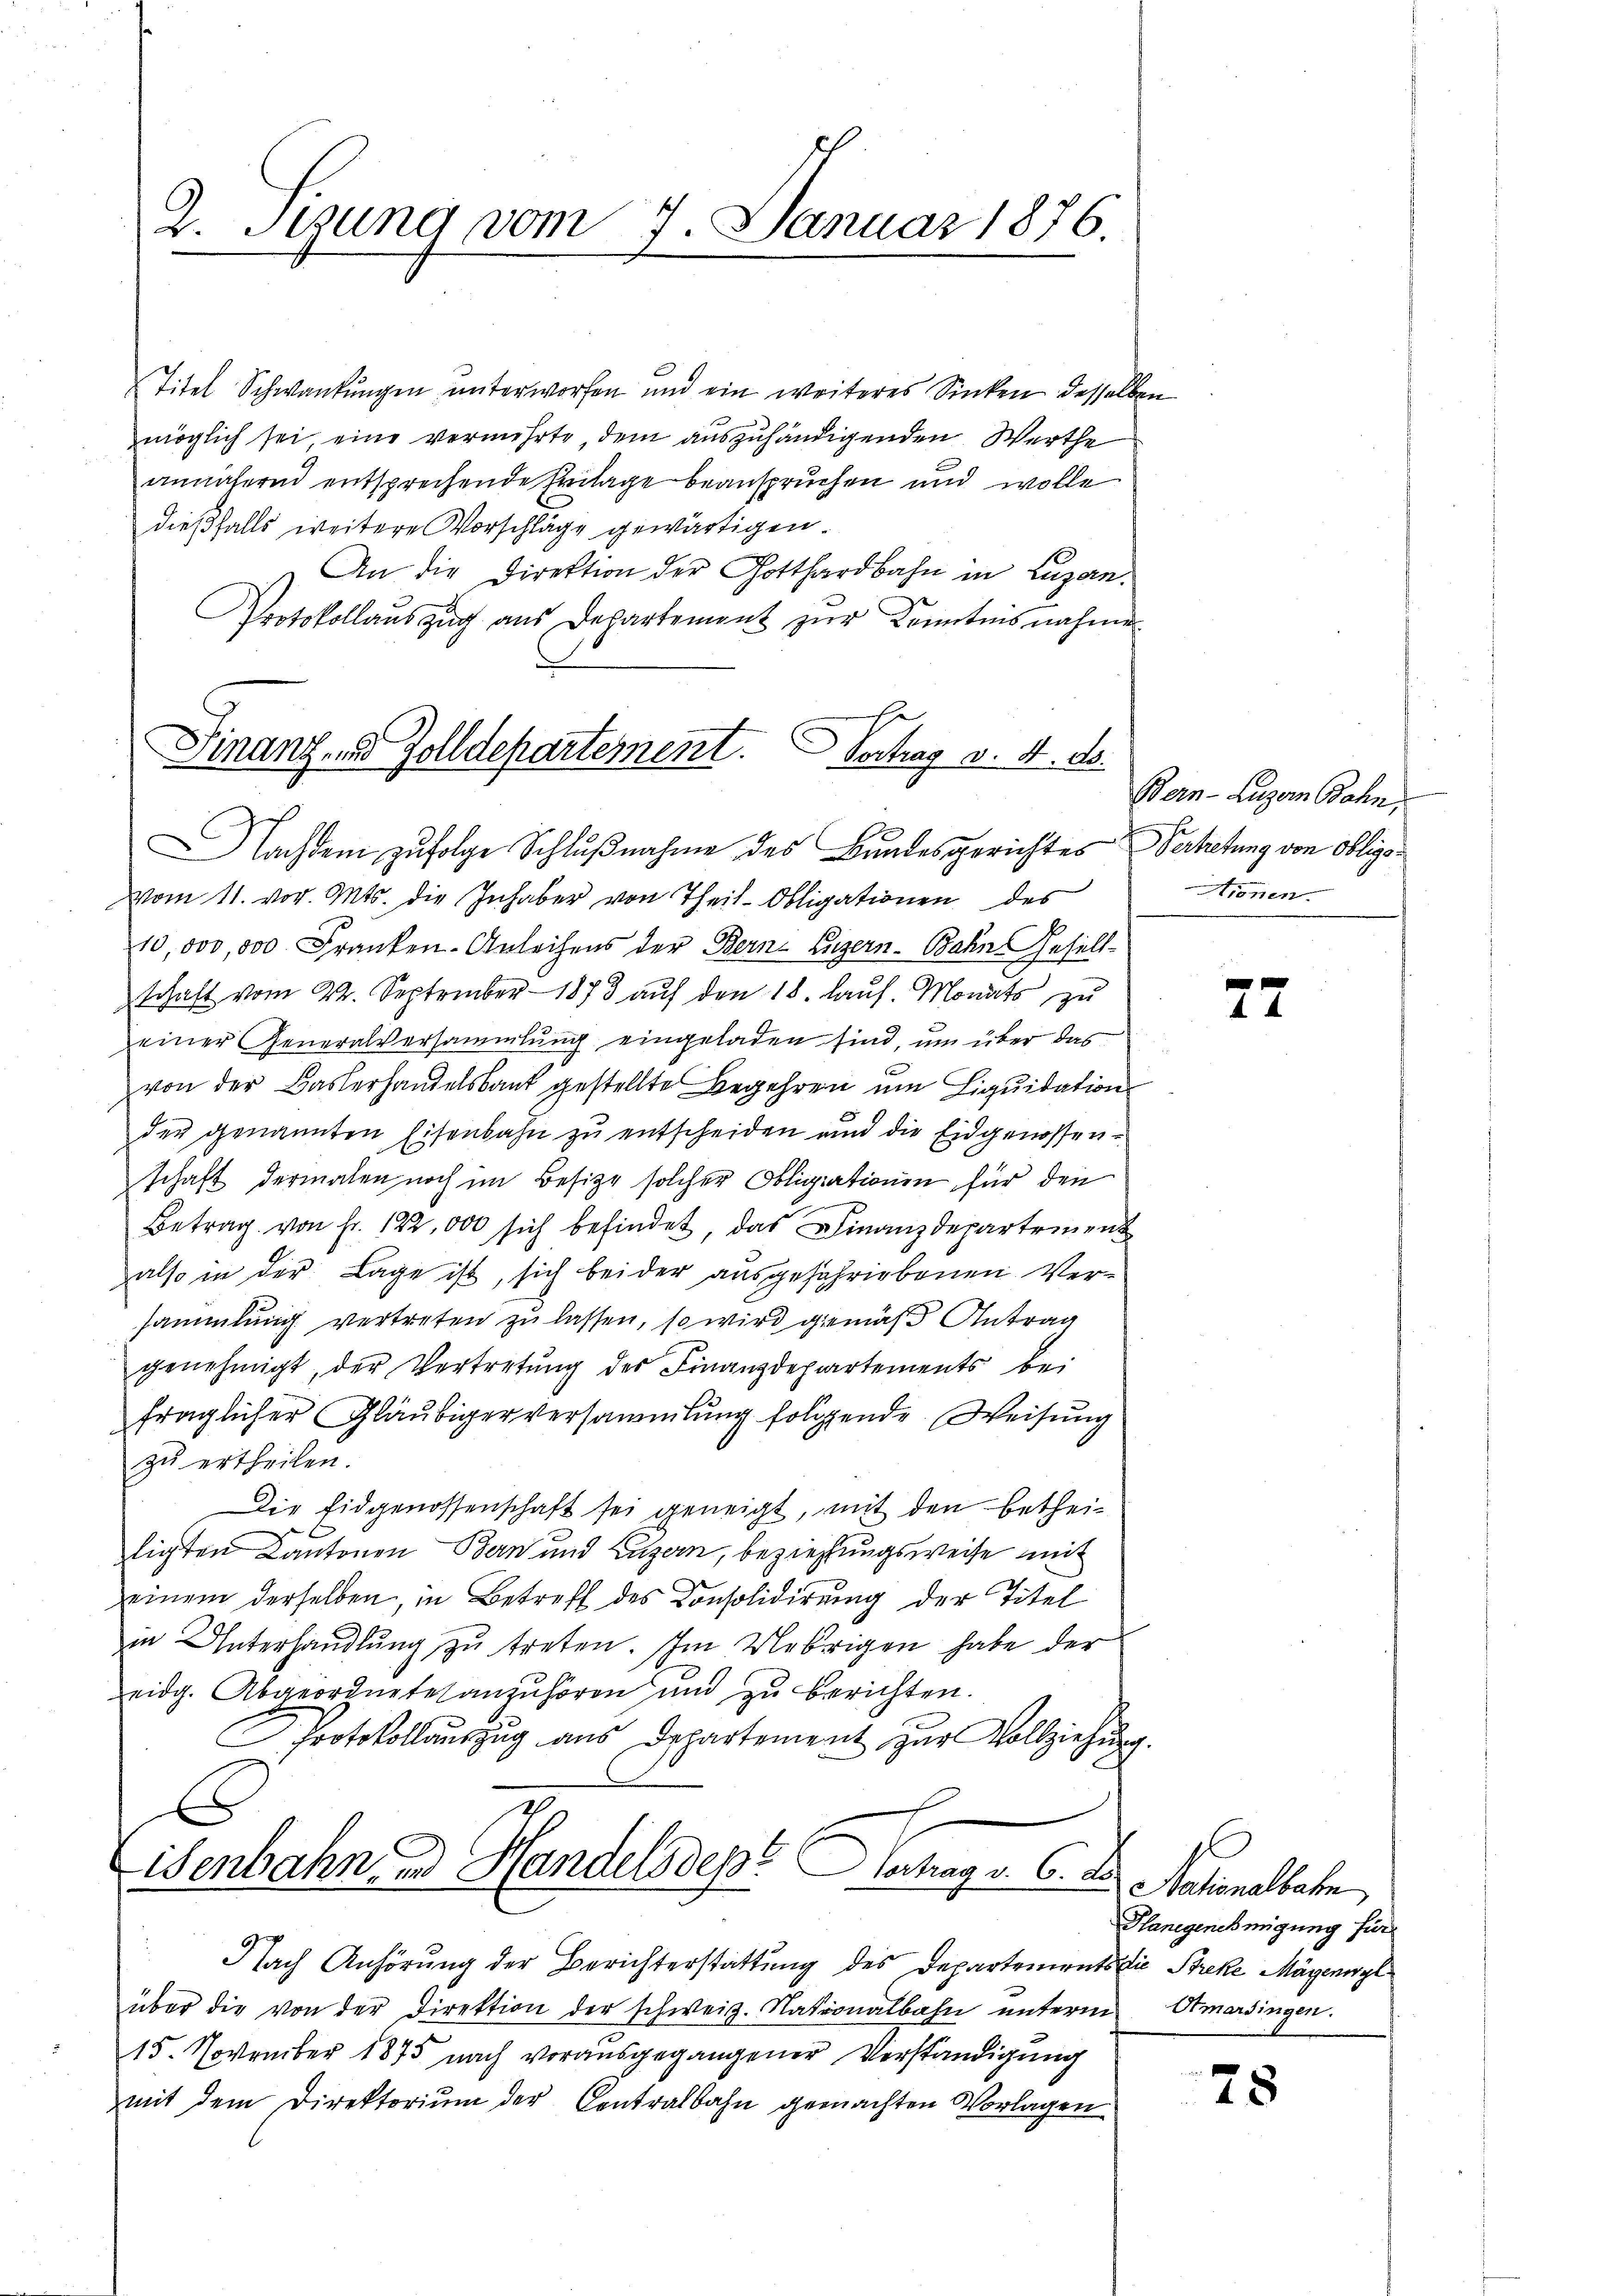
2. Stung vom 7. Januar 1876.

Titel Schwankungen unterworfen und ein weiteres Sinken desselben
möglich sei, eine vermehrte, dem auszuhändigenden Werthe
annäheren entsprechende Frilage beanspruchen und wolle
dießfalls weitere Vorschläge gewärtigen.
An die Direktion der Gotthardbahn in Luzan¬
Protokollauszug aus Departement zur Kenntnisnahme
Vertrag v. 4. d.
Nachdem zufolge Schlußnahme des Bundesgerichtes Verhetung von Obligovom 11. vor. Mts. die Inhaber von Theil-Obligationen des
10,000,000 Franken-Anleihens der Bern, Luzern Bahn Gesellschaft vom 22. September 1873 auf den 18. Laus. Monats zu
einer Generalversammlung eingeladen sind, um über das
von der Baslerhandelsbaut gestellte Begehren um Liquidation
der genannten Eisenbahn zu entscheiden und die Eidgenossenschaft dermalen noch im Besitze solcher Obligationen für den
Betrag von fr. 122,000 sich befindet, das Finanzdepartement
also in der Lage ist, sich beider ausgefahriebenen Versammlung vertreten zu lassen, so wird gemäß Antrag
genehmigt, der Vertretung des Finanzdepartements bei
fraglicher Gläubiger versammlung folgende Weisung
zu ertheilen.
Die Eidgenossenschaft sei geneigt, mit den betheie
ligten Cantonen Bern und Luzern, beziehungsweise mit
einem derselben, in Betreff des Consolidirung der Titel
in Unterhandlŭng zŭ treten. Im Uebrigen habe der
eidg. Abgeordnetesanzuhören und zu berichten.
Protokollauszug aus Departement zŭr Vollziehung.
E
isenbahn und Handelsdep. Vertrag v. 6. d.

Finanz- und Zolldepartement.

Nach Anhörung der Berichterstattung des Departements die Streke Mägenwyl
über die von der Direktion der schweiz. Nationalbahn ŭnterm Otmarsingen.
15. November 1875 nach vorausgegangener Verständigung
mit dem Direktorium der Centralbahn gemachten Vorlagen

Bern-Luzern Bohn,
Nienen

77

gl
Nationalbahn
Hanegenehmigung für

78